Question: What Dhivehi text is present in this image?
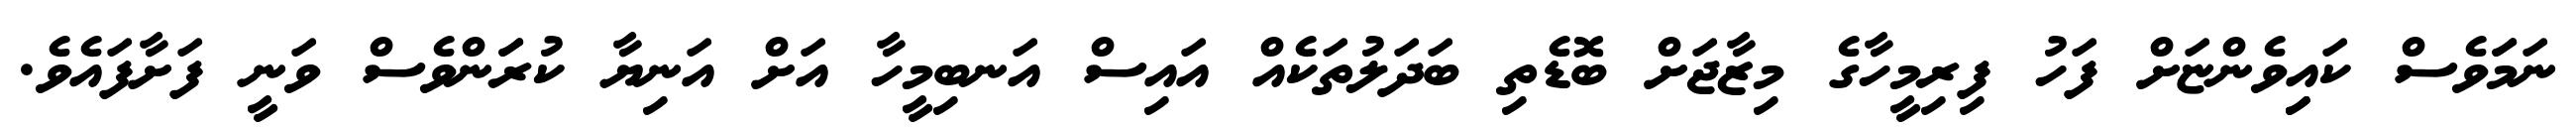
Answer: ނަމަަވެސް ކައިިވެންޏަށް ފަހު ފިރިމީހާގެ މިޒާޖަށް ބޮޑެތި ބަދަލުތަކެއް އައިސް އަނބިމީހާ އަށް އަނިޔާ ކުރަަންވެސް ވަނީ ފަށާފައެވެ.